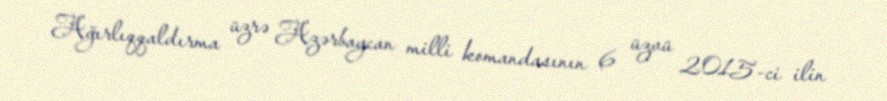
Ağırlıqqaldırma üzrə Azərbaycan milli komandasının 6 üzvü 2015-ci ilin